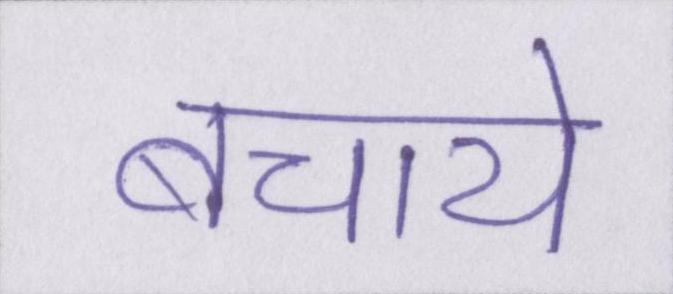
बचाये